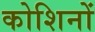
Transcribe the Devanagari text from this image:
कोशिनों